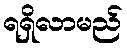
ရရှိလာမည်